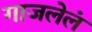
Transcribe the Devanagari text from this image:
गाजलेलं